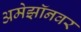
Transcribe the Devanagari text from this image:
अमेझॉनवर